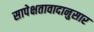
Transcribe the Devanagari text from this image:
सापेक्षतावादानुसार